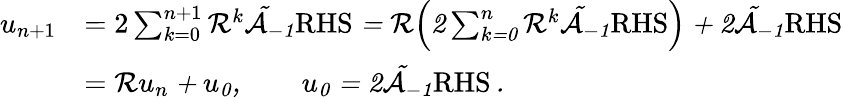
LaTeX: \begin{array}{rl}{u_{n+1}}&{=2\sum_{k=0}^{n+1}\cal R^{k}\tilde{\cal A}_{-1}\mathrm{RHS}=\cal R\Big(2\sum_{k=0}^{n}\cal R^{k}\tilde{\cal A}_{-1}\mathrm{RHS}\Big)+2\tilde{\cal A}_{-1}\mathrm{RHS}}\\ &{=\cal Ru_{n}+u_{0},\qquad u_{0}=2\tilde{\cal A}_{-1}\mathrm{RHS}\, .}\end{array}